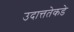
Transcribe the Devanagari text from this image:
उदात्ततेकडे